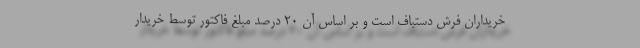
خریداران فرش دستباف است و بر اساس آن ۲۰ درصد مبلغ فاکتور توسط خریدار